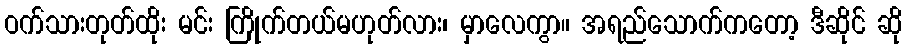
ဝက်သားတုတ်ထိုး မင်း ကြိုက်တယ်မဟုတ်လား၊ မှာလေကွာ။ အရည်သောက်ကတော့ ဒီဆိုင် ဆို